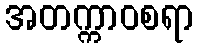
အတက္ကာဝစရာ